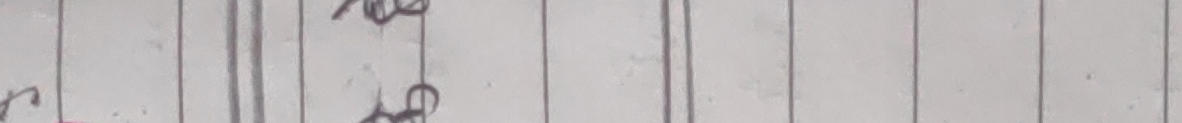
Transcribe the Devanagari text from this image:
छे